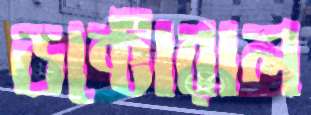
ডক্টোরাল